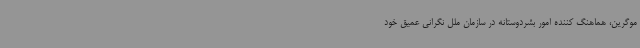
موگرین، هماهنگ کننده امور بشردوستانه در سازمان ملل نگرانی عمیق خود